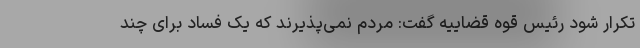
تکرار شود رئیس قوه قضاییه گفت: مردم نمی‌پذیرند که یک فساد برای چند